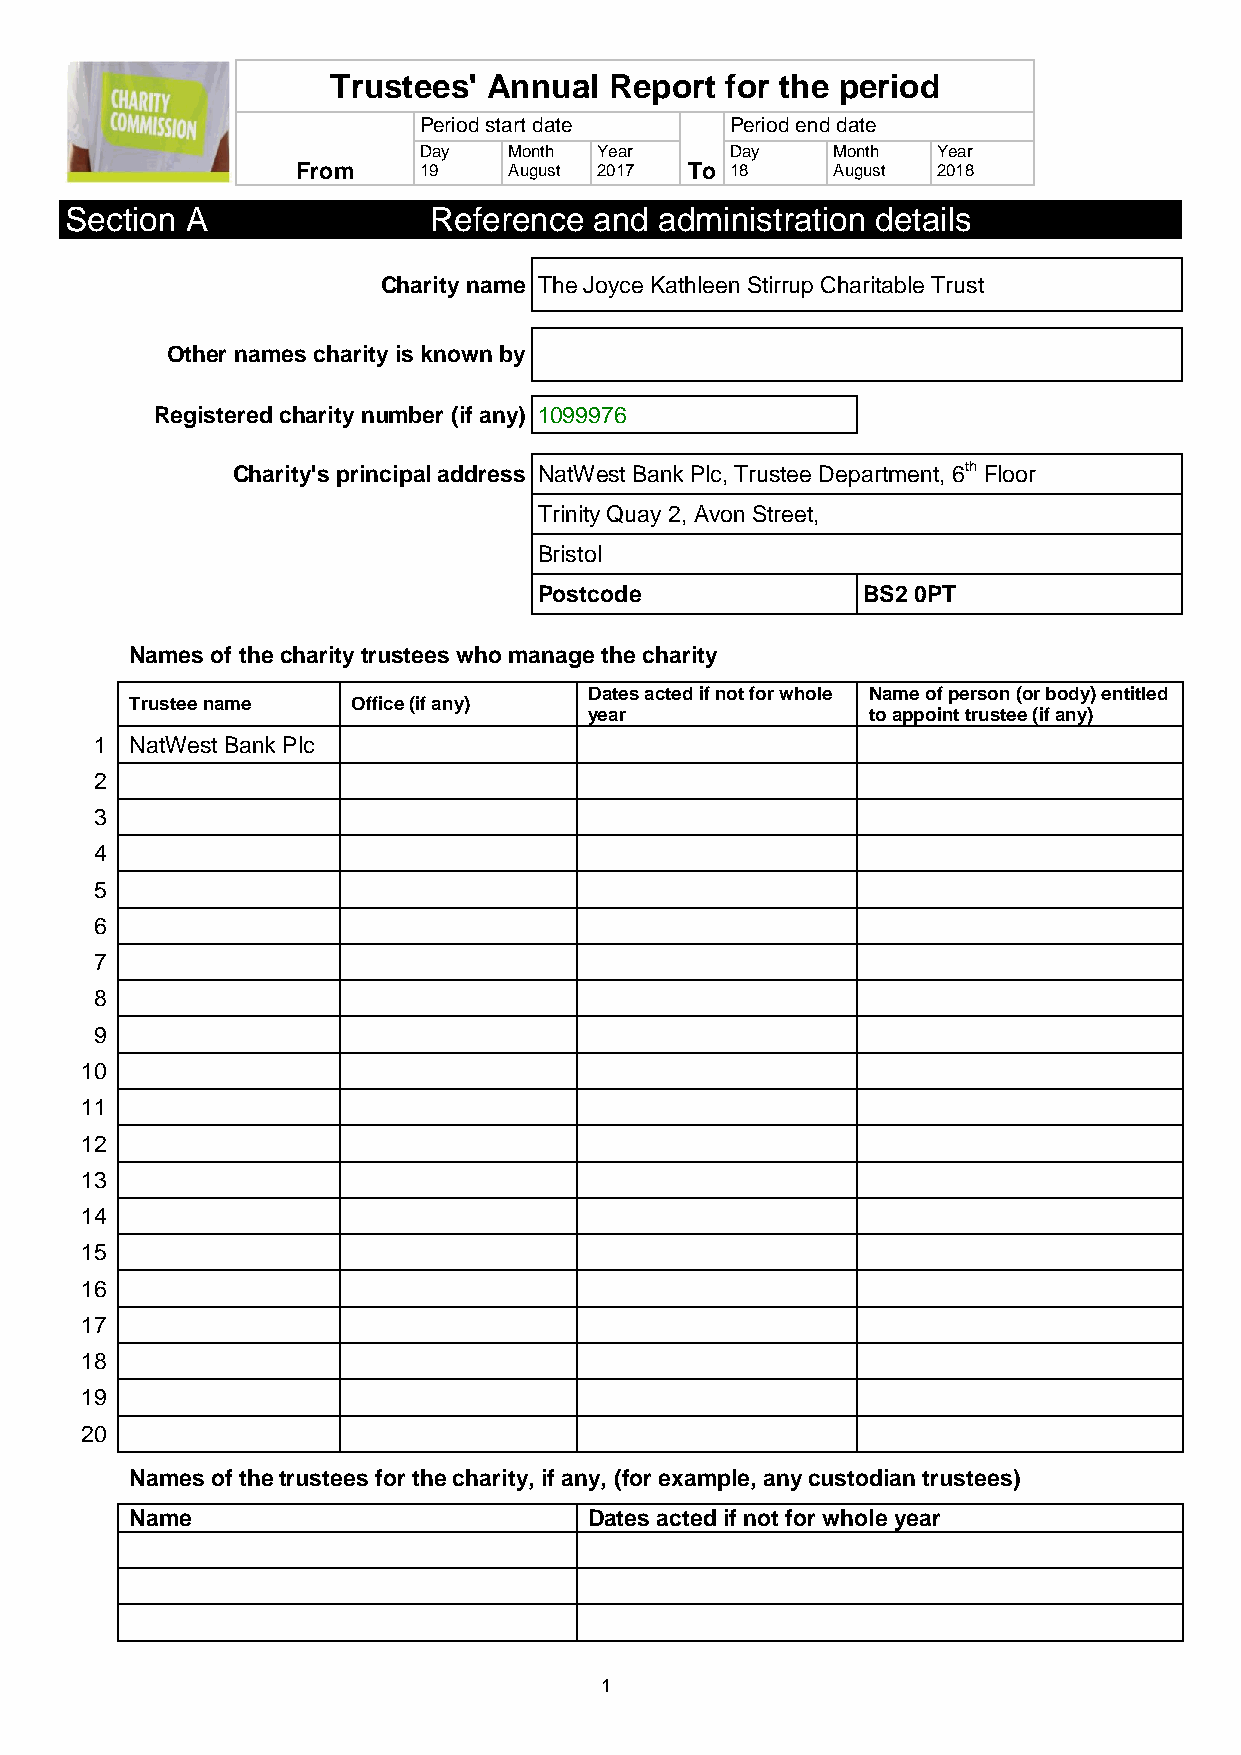
Trustees' Annual  Report  for the period
 Period start date   Period end date
 Day   Month Year    Day    Month  Year
 From    19    August 2017 To 18    August 2018
 Section A               Reference  and  administration details
 Charity name The Joyce Kathleen Stirrup Charitable Trust
 Other names charity is known by
 Registered charity number (if any) 1099976
 Charity's principal address NatWest Bank Plc, Trustee Department, 6th Floor
 Trinity Quay 2, Avon Street,
 Bristol
 Postcode             BS2 0PT
 Names of the charity trustees who manage the charity
 Dates acted if not for whole Name of person (or body) entitled
 Trustee name  Office (if any)
 year              to appoint trustee (if any)
 1  NatWest Bank Plc
 2
 3
 4
 5
 6
 7
 8
 9
 10
 11
 12
 13
 14
 15
 16
 17
 18
 19
 20
 Names of the trustees for the charity, if any, (for example, any custodian trustees)
 Name                          Dates acted if not for whole year
 1